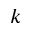
k